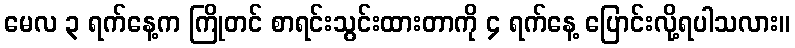
မေလ ၃ ရက်နေ့က ကြိုတင် စာရင်းသွင်းထားတာကို ၄ ရက်နေ့ ပြောင်းလို့ရပါသလား။